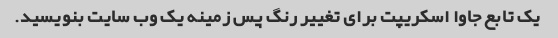
یک تابع جاوا اسکریپت برای تغییر رنگ پس زمینه یک وب سایت بنویسید.